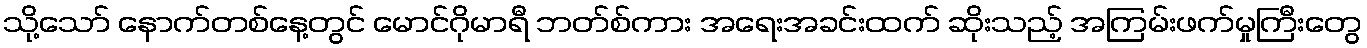
သို့သော် နောက်တစ်နေ့တွင် မောင်ဂိုမာရီ ဘတ်စ်ကား အရေးအခင်းထက် ဆိုးသည့် အကြမ်းဖက်မှုကြီးတွေ